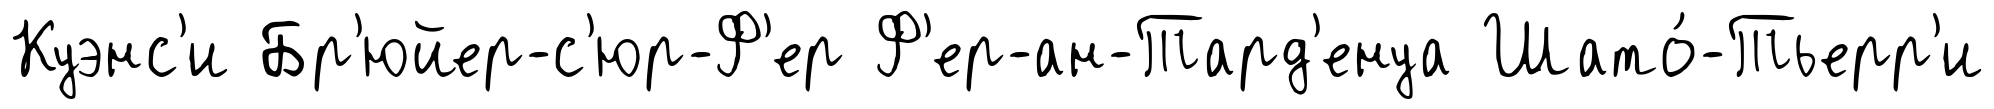
Куэнс'и Бр'юйер-с'юр-Ф'ер Ф'ер-ан-Тард'енуа Шато́-Тьерр'и